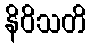
နိဝိသတိ